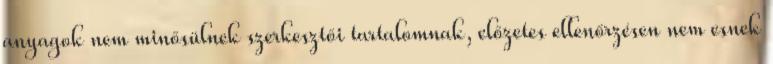
anyagok nem minősülnek szerkesztői tartalomnak, előzetes ellenőrzésen nem esnek